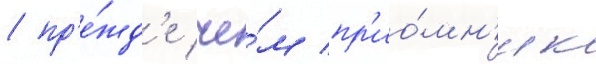
/ пр'е́жд'е че́м пр'ио́мн'ик